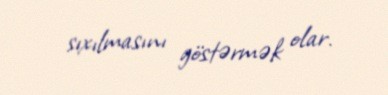
sıxılmasını göstərmək olar.